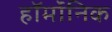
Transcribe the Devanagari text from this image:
हॉर्मोनिक